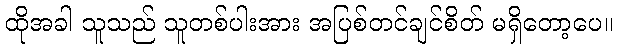
ထိုအခါ သူသည် သူတစ်ပါးအား အပြစ်တင်ချင်စိတ် မရှိတော့ပေ။